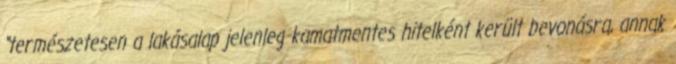
“természetesen a lakásalap jelenleg kamatmentes hitelként került bevonásra, annak